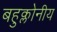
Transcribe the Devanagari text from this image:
बहुक्लोनीय